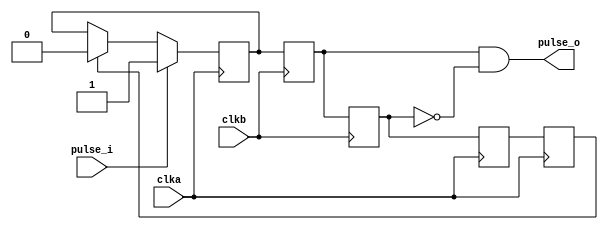
module cdc_fast2slow(
    input               clka,
    input               pulse_i,

    input               clkb,
    output              pulse_o
);

reg     pulse_i_level   =   1'b0;
reg     pulse_a_d1      =   1'b0;
reg     pulse_a_d2      =   1'b0;

always @(posedge clka) begin
    if(pulse_i)
        pulse_i_level <= 1'b1;
    else if(pulse_a_d2)
        pulse_i_level <= 1'b0;
end

always @(posedge clka) begin
    pulse_a_d1 <= pulse_b_d2;
    pulse_a_d2 <= pulse_a_d1;
end

reg     pulse_b_d1      =   1'b0;
reg     pulse_b_d2      =   1'b0;
always @(posedge clkb) begin
    pulse_b_d1 <= pulse_i_level;
    pulse_b_d2 <= pulse_b_d1;
end

assign pulse_o = pulse_b_d1 & (~pulse_b_d2);

endmodule